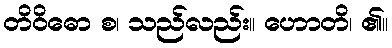
တိဝိဓော စ၊ သည်လည်း။ ဟောတိ၊ ၏။